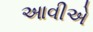
આવીએ